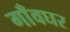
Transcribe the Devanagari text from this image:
गाँवघर